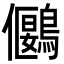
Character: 𪅬